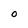
Character: O